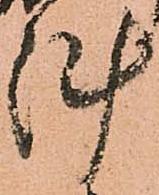
陣